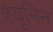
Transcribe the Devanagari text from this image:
श्यूमिन